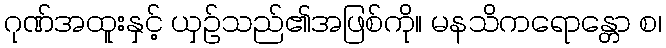
ဂုဏ်အထူးနှင့် ယှဉ်သည်၏အဖြစ်ကို။ မနသိကရောန္တော စ၊